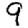
Digit: 9